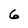
Character: 6